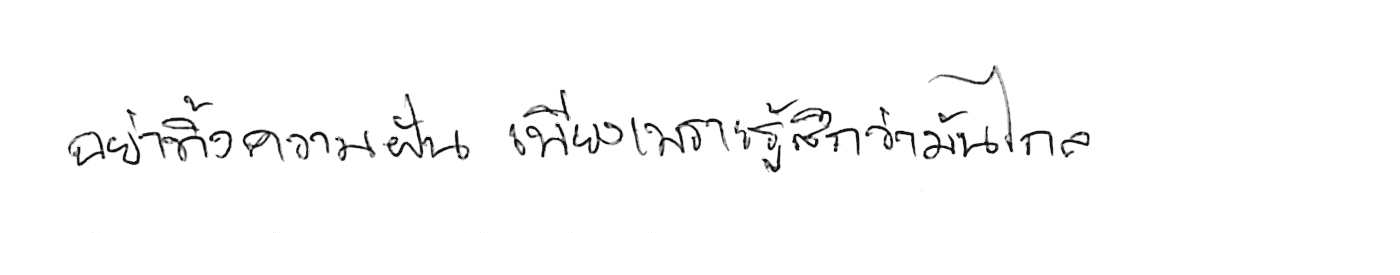
อย่าทิ้งความฝัน เพียงเพราะรู้สึกว่ามันไกล